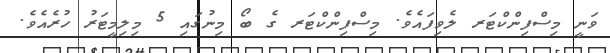
ވަނީ މިސްފިންކްޓަރ ލެވިފައެވެ. މިސްފިންކްޓަރ ގެ ބޯ މިނުގައި 5 މިލިމީޓަރު ހުރެއެވެ.